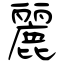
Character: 麗